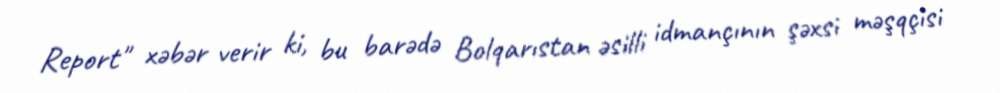
Report" xəbər verir ki, bu barədə Bolqarıstan əsilli idmançının şəxsi məşqçisi